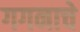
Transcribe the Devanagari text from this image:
गगनाचे